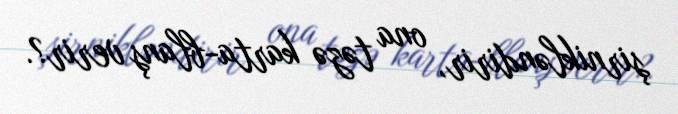
şirnikləndirir, ona təzə karta-blanş verir?.